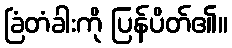
ခြံတံခါးကို ပြန်ပိတ်၏။